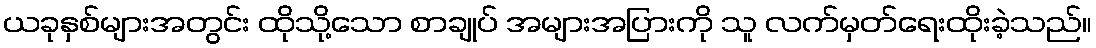
ယခုနှစ်များအတွင်း ထိုသို့သော စာချုပ် အများအပြားကို သူ လက်မှတ်ရေးထိုးခဲ့သည်။